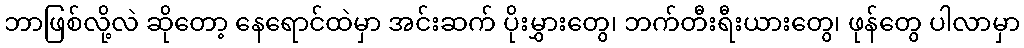
ဘာဖြစ်လို့လဲ ဆိုတော့ နေရောင်ထဲမှာ အင်းဆက် ပိုးမွှားတွေ၊ ဘက်တီးရီးယားတွေ၊ ဖုန်တွေ ပါလာမှာ